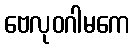
ဗေလုဝဂါမကေ